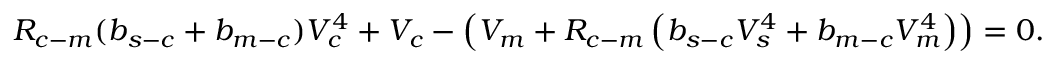
R _ { c - m } ( b _ { s - c } + b _ { m - c } ) V _ { c } ^ { 4 } + V _ { c } - \left( V _ { m } + R _ { c - m } \left( b _ { s - c } V _ { s } ^ { 4 } + b _ { m - c } V _ { m } ^ { 4 } \right) \right) = 0 .